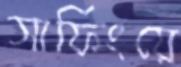
সার্ফিংয়ে